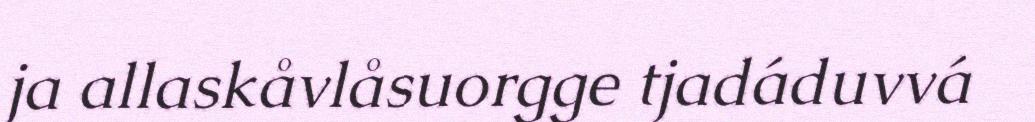
ja allaskåvlåsuorgge tjadáduvvá